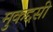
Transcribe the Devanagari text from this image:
मुकद्दसी